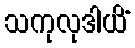
သကုလုဒါယိံ